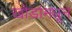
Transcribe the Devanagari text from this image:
खोडांमधून